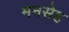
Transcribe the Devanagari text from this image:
मनसेह